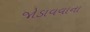
જોડાવવાના